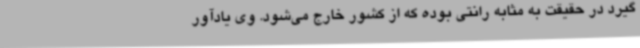
گیرد در حقیقت به مثابه رانتی بوده که از کشور خارج می‌شود. وی یادآور